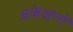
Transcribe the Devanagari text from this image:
अंकेक्षणों